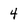
Character: 4